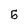
Character: 5